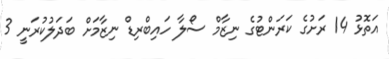
އަތޮޅު 14 ރަށުގެ ކަރަންޓުގެ ނިޒާމް ސޯލާ ހައިބްރިޑް ނިޒާމަށް ބަދަލުކުރަނީ 3